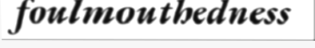
foulmouthedness